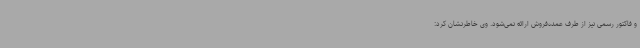
و فاکتور رسمی نیز از طرف عمده‌فروش ارائه نمی‌شود. وی خاطرنشان کرد: